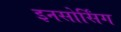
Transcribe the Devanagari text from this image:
इनसोर्सिंग